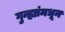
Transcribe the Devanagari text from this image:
गुन्ह्यांमधून